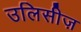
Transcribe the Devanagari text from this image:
उलिसीज़